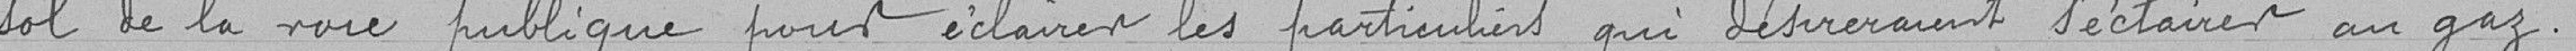
sol de la voie publique pour éclairer les particulier qui désireraient s'éclairer au gaz.